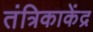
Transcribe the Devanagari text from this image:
तंत्रिकाकेंद्र